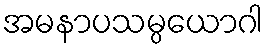
အမနာပသမ္ပယောဂါ